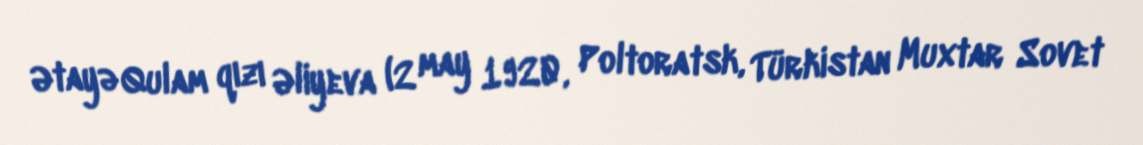
Ətayə Qulam qızı Əliyeva (2 may 1920, Poltoratsk, Türkistan Muxtar Sovet